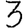
Digit: 3